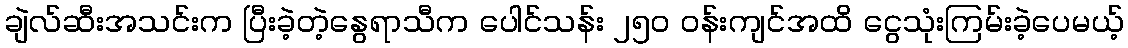
ချဲလ်ဆီးအသင်းက ပြီးခဲ့တဲ့နွေရာသီက ပေါင်သန်း ၂၅၀ ဝန်းကျင်အထိ ငွေသုံးကြမ်းခဲ့ပေမယ့်